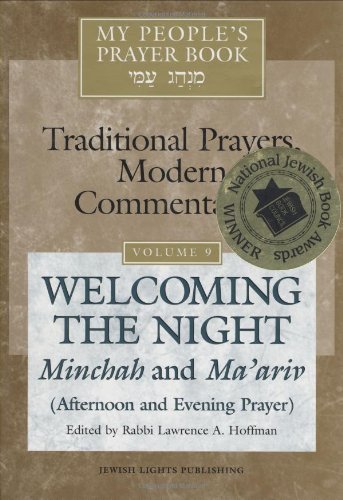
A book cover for My People's Prayer Book: Welcoming the Night Minchah and Ma'ariv (Afternoon and Evening Prayer); Religion & Spirituality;